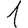
Digit: 1